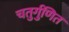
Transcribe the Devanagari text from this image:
चतुर्गुणित